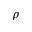
\rho